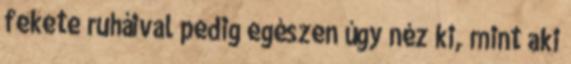
fekete ruháival pedig egészen úgy néz ki, mint aki